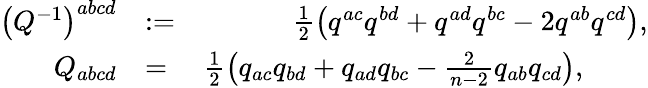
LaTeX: \begin{array}{rlr}{\left(Q^{-1}\right)^{abcd}}&{:=}&{\frac{1}{2}\left(q^{ac}q^{bd}+q^{ad}q^{bc}-2q^{ab}q^{cd}\right),}\\ {Q_{abcd}}&{=}&{\frac{1}{2}\left(q_{ac}q_{bd}+q_{ad}q_{bc}-\frac{2}{n-2}q_{ab}q_{cd}\right),\quad\quad\; }\end{array}